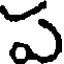
ప